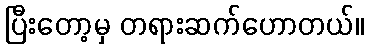
ပြီးတော့မှ တရားဆက်ဟောတယ်။